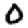
Digit: 0